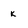
Character: k